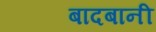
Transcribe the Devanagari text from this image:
बादबानी